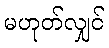
မဟုတ်လျှင်